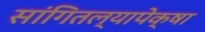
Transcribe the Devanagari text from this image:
सांगितल्यापेक्षा